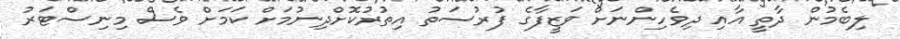
ލިބެމުން ދާތީ އާއި ދިވެހިންނަށް ވަޒީފާގެ ފުރުސަތު އިތުރުކޮށްދިނުމަށް ކަމަށް ވެސް މިނިސްޓަރު